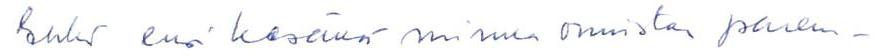
Ehkä ensi kesänä minua onnistaa parem-